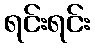
ရင်းရင်း